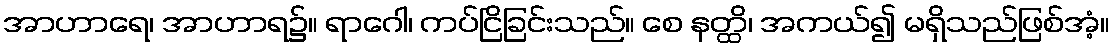
အာဟာရေ၊ အာဟာရ၌။ ရာဂေါ၊ ကပ်ငြိခြင်းသည်။ စေ နတ္ထိ၊ အကယ်၍ မရှိသည်ဖြစ်အံ့။